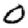
Digit: 0